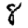
Digit: 8